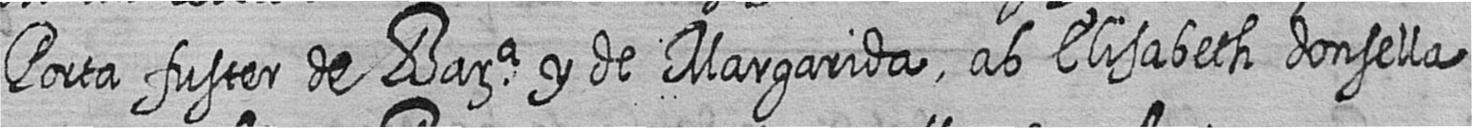
Porta fuster de Bara y de Margarida ab Elisabeth donsella